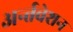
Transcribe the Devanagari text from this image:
अर्न्तवेशन